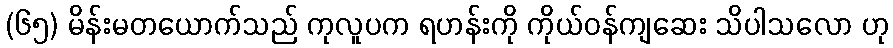
(၆၅) မိန်းမတယောက်သည် ကုလူပက ရဟန်းကို ကိုယ်ဝန်ကျဆေး သိပါသလော ဟု